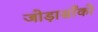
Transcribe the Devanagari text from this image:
जोड़ासाँको